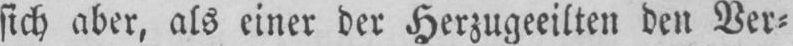
sich aber, als einer ber Herzugeeilten den Ver⸗